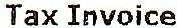
TAX INVOICE